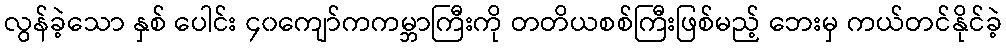
လွန်ခဲ့သော နှစ် ပေါင်း ၄၀ကျော်ကကမ္ဘာကြီးကို တတိယစစ်ကြီးဖြစ်မည့် ဘေးမှ ကယ်တင်နိုင်ခဲ့